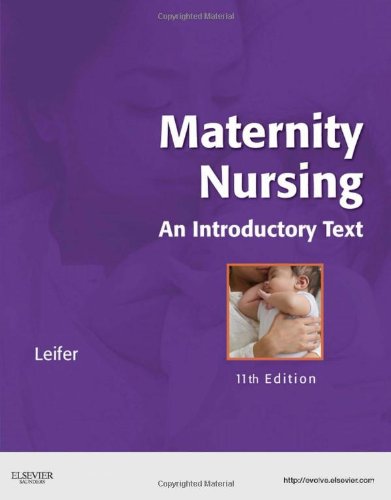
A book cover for Maternity Nursing: An Introductory Text, 11th Edition; Gloria Leifer; Medical Books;